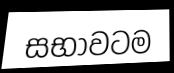
සභාවටම